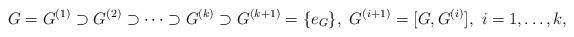
LaTeX: \begin{align*} G=G^{(1)}\supset G^{(2)}\supset\dots \supset G^{(k)}\supset G^{(k+1)}=\{e_G\}, \ G^{(i+1)}=[G,G^{(i)}], \ i=1,\dots, k,\end{align*}